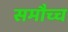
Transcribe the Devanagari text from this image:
समौच्च